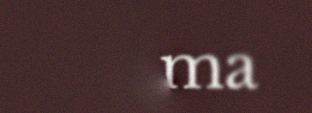
filma